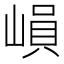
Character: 𡻖